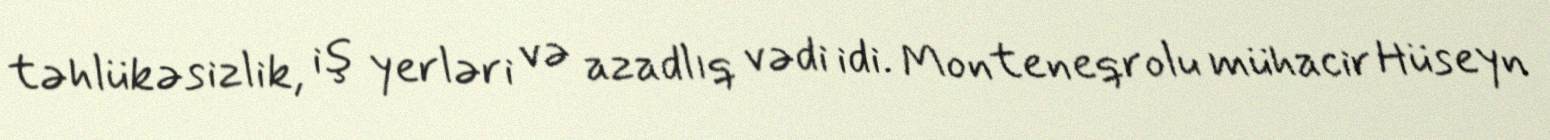
təhlükəsizlik, iş yerləri və azadlıq vədi idi. Monteneqrolu mühacir Hüseyn